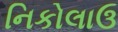
નિકોલાઉ